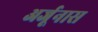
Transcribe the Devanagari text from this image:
अर्जूनास